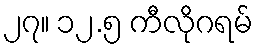
၂၇။ ၁၂.၅ ကီလိုဂရမ်